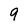
Character: 9